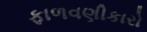
ફાળવણીકારો